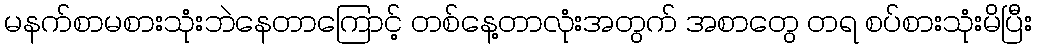
မနက်စာမစားသုံးဘဲနေတာကြောင့် တစ်နေ့တာလုံးအတွက် အစာတွေ တရ စပ်စားသုံးမိပြီး